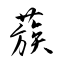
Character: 蔟